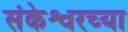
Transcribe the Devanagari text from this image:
संकेश्वरच्या